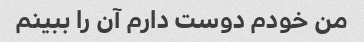
من خودم دوست دارم آن را ببینم